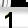
Digit: 1